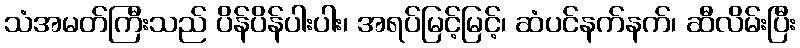
သံအမတ်ကြီးသည် ပိန်ပိန်ပါးပါး၊ အရပ်မြင့်မြင့်၊ ဆံပင်နက်နက်၊ ဆီလိမ်းပြီး